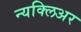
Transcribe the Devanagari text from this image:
न्यक्लिअर